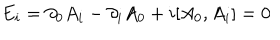
E _ { i } = \partial _ { 0 } A _ { i } - \partial _ { i } A _ { 0 } + i [ A _ { 0 } , A _ { i } ] = 0